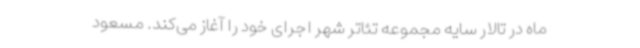
ماه در تالار سایه مجموعه تئاتر شهر اجرای خود را آغاز می‌کند. مسعود